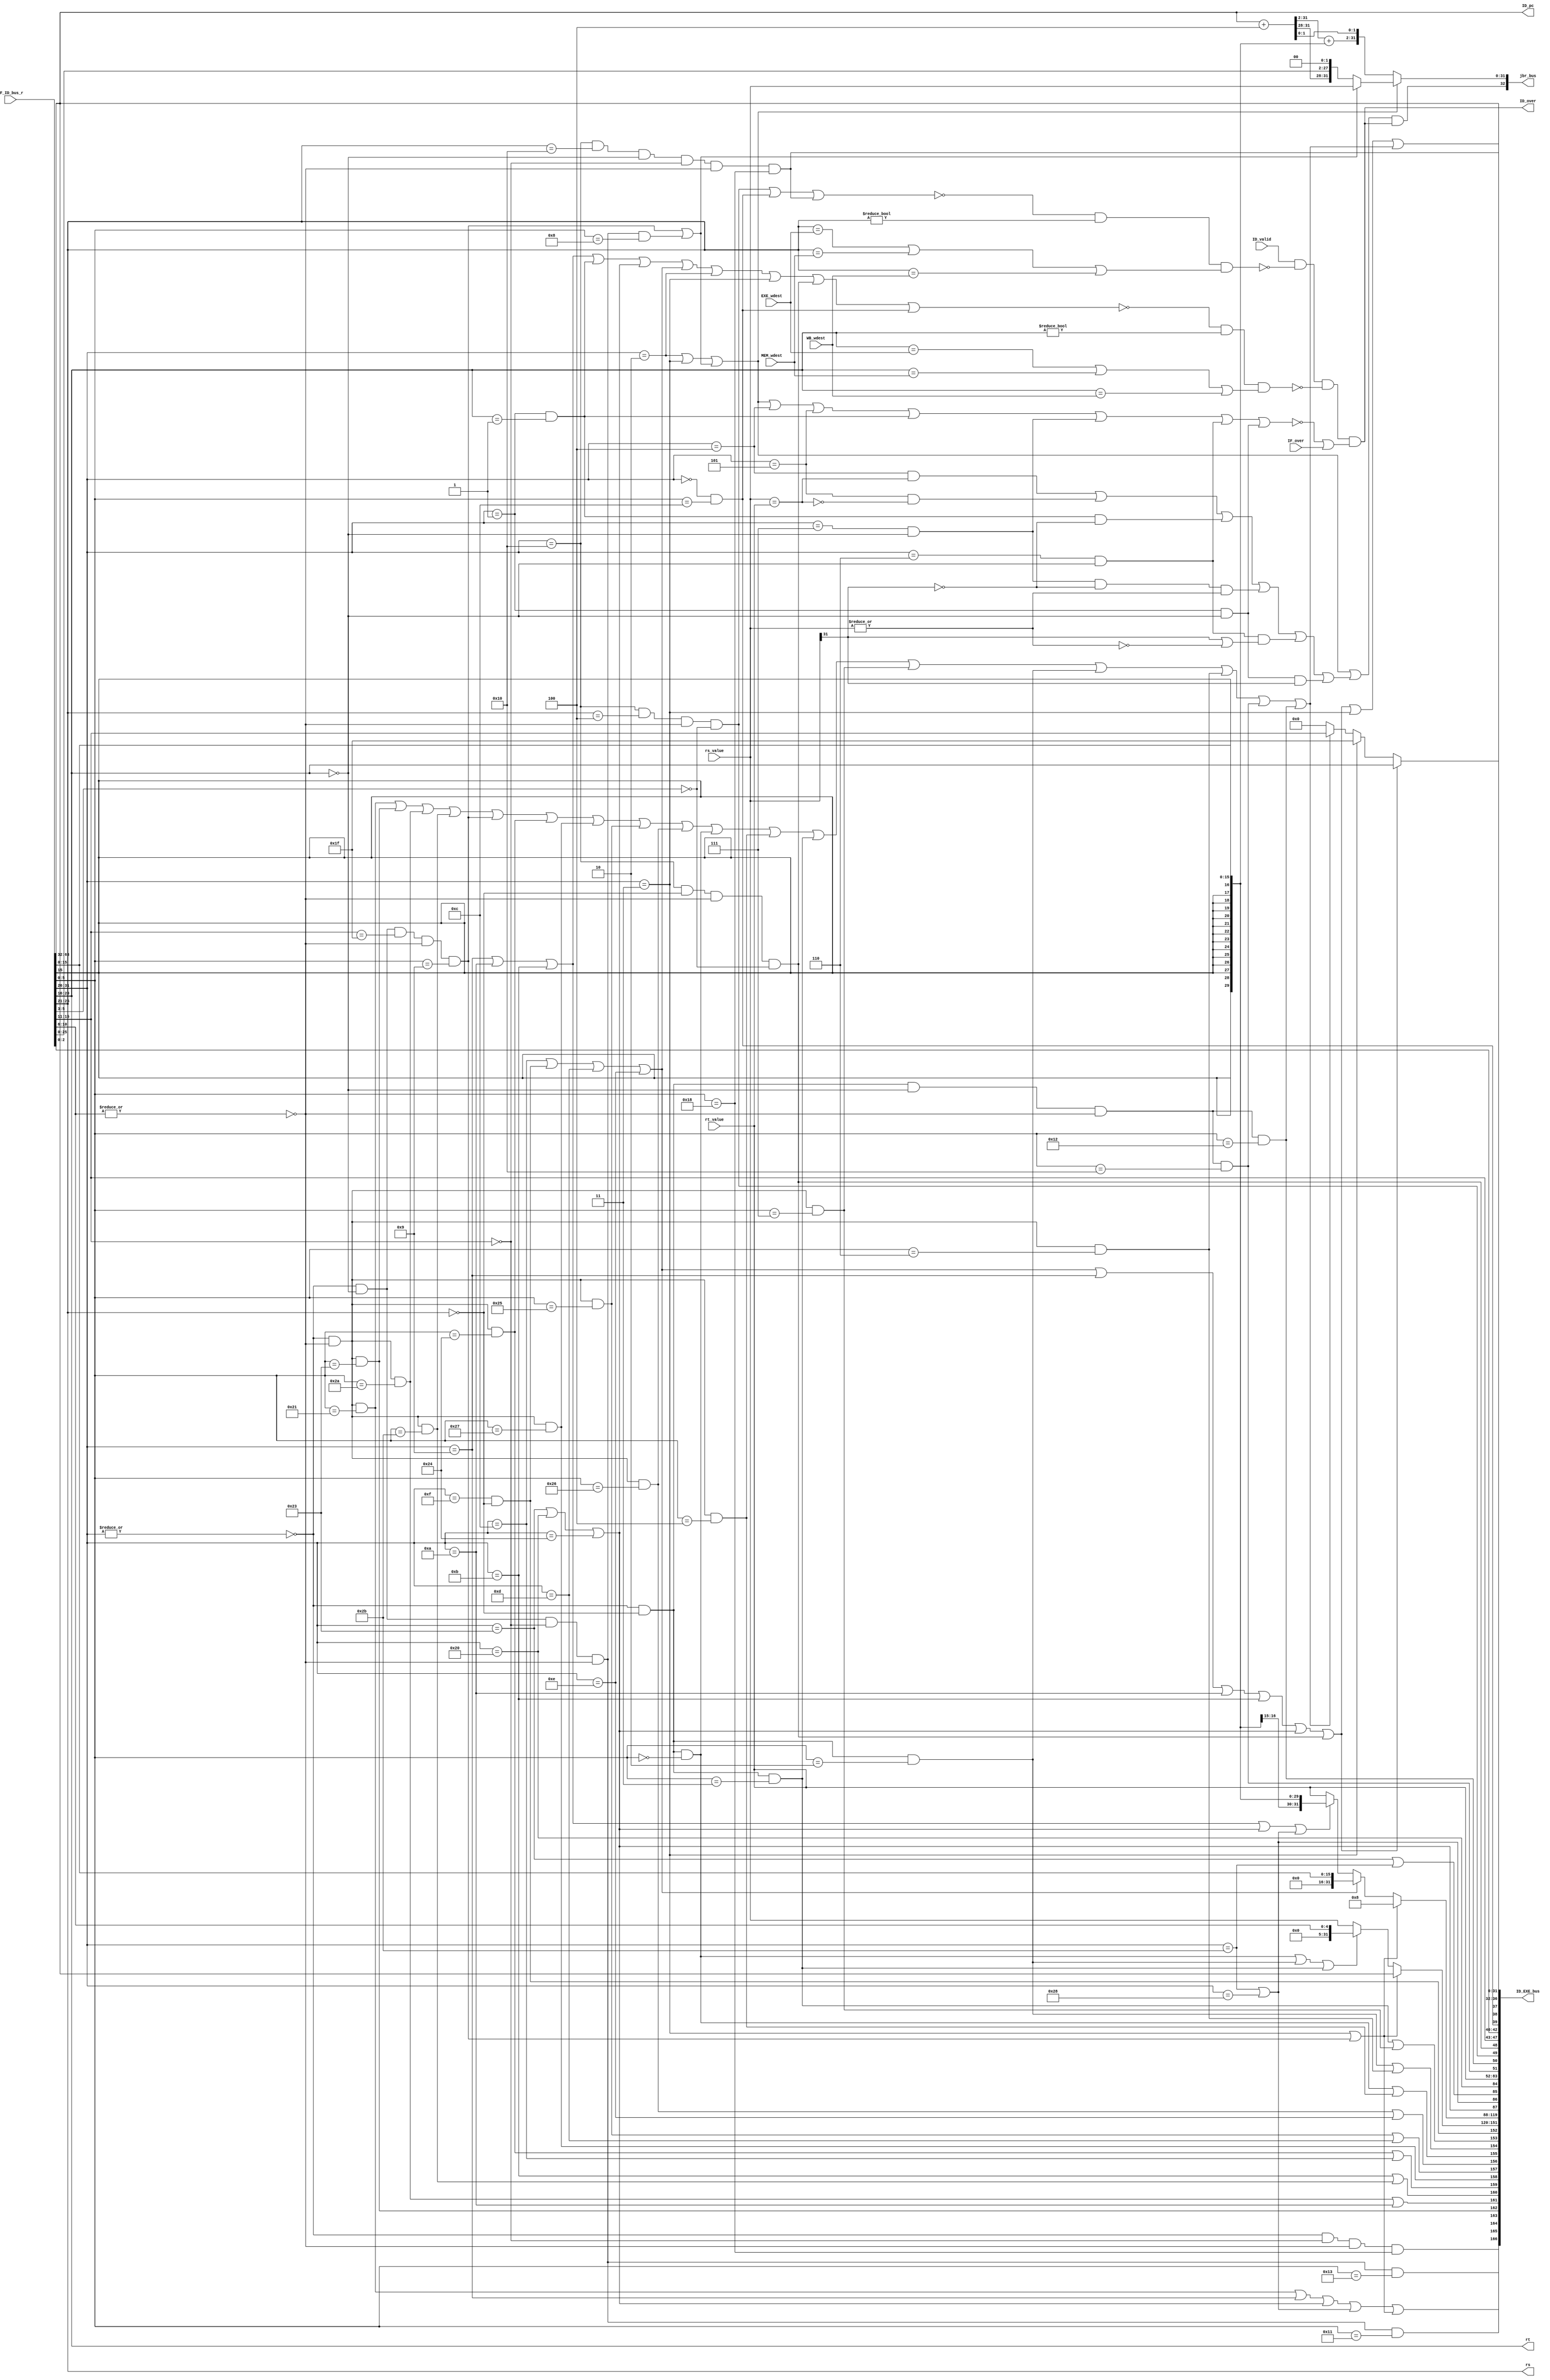
`timescale 1ns / 1ps
//*************************************************************************
//   > : decode.v
//   >   :CPU
//   >   : LOONGSON
//   >   : 2016-04-14
//*************************************************************************
module decode(                      // 
    input              ID_valid,    // 
    input      [ 63:0] IF_ID_bus_r, // IF->ID
    input      [ 31:0] rs_value,    // 
    input      [ 31:0] rt_value,    // 
    output     [  4:0] rs,          //  
    output     [  4:0] rt,          // 
    output     [ 32:0] jbr_bus,     // 
//  output             inst_jbr,    // ,
    output             ID_over,     // ID
    output     [166:0] ID_EXE_bus,  // ID->EXE
    
    //5
     input              IF_over,     //
    input      [  4:0] EXE_wdest,   // EXE
    input      [  4:0] MEM_wdest,   // MEM
    input      [  4:0] WB_wdest,    // WB
    
    //PC
    output     [ 31:0] ID_pc
);
//-----{IF->ID}begin
    wire [31:0] pc;
    wire [31:0] inst;
    assign {pc, inst} = IF_ID_bus_r;  // IF->IDPC
//-----{IF->ID}end

//-----{}begin
    wire [5:0] op;       
    wire [4:0] rd;       
    wire [4:0] sa;      
    wire [5:0] funct;    
    wire [15:0] imm;     
    wire [15:0] offset;  
    wire [25:0] target;  
    wire [2:0] cp0r_sel;

    assign op     = inst[31:26];  // 
    assign rs     = inst[25:21];  // 1
    assign rt     = inst[20:16];  // 2
    assign rd     = inst[15:11];  // 
    assign sa     = inst[10:6];   // 
    assign funct  = inst[5:0];    // 
    assign imm    = inst[15:0];   // 
    assign offset = inst[15:0];   // 
    assign target = inst[25:0];   // 
    assign cp0r_sel= inst[2:0];   // cp0select

    // 
    wire inst_ADDU, inst_SUBU , inst_SLT , inst_AND;
    wire inst_NOR , inst_OR   , inst_XOR , inst_SLL;
    wire inst_SRL , inst_ADDIU, inst_BEQ , inst_BNE;
    wire inst_LW  , inst_SW   , inst_LUI , inst_J;
    wire inst_SLTU, inst_JALR , inst_JR  , inst_SLLV;
    wire inst_SRA , inst_SRAV , inst_SRLV, inst_SLTIU;
    wire inst_SLTI, inst_BGEZ , inst_BGTZ, inst_BLEZ;
    wire inst_BLTZ, inst_LB   , inst_LBU , inst_SB;
    wire inst_ANDI, inst_ORI  , inst_XORI, inst_JAL;
    wire inst_MULT, inst_MFLO , inst_MFHI, inst_MTLO;
    wire inst_MTHI, inst_MFC0 , inst_MTC0;
    wire inst_ERET, inst_SYSCALL;
    wire op_zero;  // 0
    wire sa_zero;  // sa0
    assign op_zero = ~(|op);
    assign sa_zero = ~(|sa);
    assign inst_ADDU  = op_zero & sa_zero    & (funct == 6'b100001);//
    assign inst_SUBU  = op_zero & sa_zero    & (funct == 6'b100011);//
    assign inst_SLT   = op_zero & sa_zero    & (funct == 6'b101010);//
    assign inst_SLTU  = op_zero & sa_zero    & (funct == 6'b101011);//
    assign inst_JALR  = op_zero & (rt==5'd0) & (rd==5'd31)
                      & sa_zero & (funct == 6'b001001);         //
    assign inst_JR    = op_zero & (rt==5'd0) & (rd==5'd0 )
                      & sa_zero & (funct == 6'b001000);             //
    assign inst_AND   = op_zero & sa_zero    & (funct == 6'b100100);//
    assign inst_NOR   = op_zero & sa_zero    & (funct == 6'b100111);//
    assign inst_OR    = op_zero & sa_zero    & (funct == 6'b100101);//
    assign inst_XOR   = op_zero & sa_zero    & (funct == 6'b100110);//
    assign inst_SLL   = op_zero & (rs==5'd0) & (funct == 6'b000000);//
    assign inst_SLLV  = op_zero & sa_zero    & (funct == 6'b000100);//
    assign inst_SRA   = op_zero & (rs==5'd0) & (funct == 6'b000011);//
    assign inst_SRAV  = op_zero & sa_zero    & (funct == 6'b000111);//
    assign inst_SRL   = op_zero & (rs==5'd0) & (funct == 6'b000010);//
    assign inst_SRLV  = op_zero & sa_zero    & (funct == 6'b000110);//
    assign inst_MULT  = op_zero & (rd==5'd0)
                      & sa_zero & (funct == 6'b011000);             //
    assign inst_MFLO  = op_zero & (rs==5'd0) & (rt==5'd0)
                      & sa_zero & (funct == 6'b010010);             //LO
    assign inst_MFHI  = op_zero & (rs==5'd0) & (rt==5'd0)
                      & sa_zero & (funct == 6'b010000);             //HI
    assign inst_MTLO  = op_zero & (rt==5'd0) & (rd==5'd0)
                      & sa_zero & (funct == 6'b010011);             //LO
    assign inst_MTHI  = op_zero & (rt==5'd0) & (rd==5'd0)
                      & sa_zero & (funct == 6'b010001);             //HI
    assign inst_ADDIU = (op == 6'b001001);             //
    assign inst_SLTI  = (op == 6'b001010);             //
    assign inst_SLTIU = (op == 6'b001011);             //
    assign inst_BEQ   = (op == 6'b000100);             //
    assign inst_BGEZ  = (op == 6'b000001) & (rt==5'd1);//0
    assign inst_BGTZ  = (op == 6'b000111) & (rt==5'd0);//0
    assign inst_BLEZ  = (op == 6'b000110) & (rt==5'd0);//0
    assign inst_BLTZ  = (op == 6'b000001) & (rt==5'd0);//0
    assign inst_BNE   = (op == 6'b000101);             //
    assign inst_LW    = (op == 6'b100011);             //
    assign inst_SW    = (op == 6'b101011);             //
    assign inst_LB    = (op == 6'b100000);             //load
    assign inst_LBU   = (op == 6'b100100);             //load
    assign inst_SB    = (op == 6'b101000);             //
    assign inst_ANDI  = (op == 6'b001100);             //
    assign inst_LUI   = (op == 6'b001111) & (rs==5'd0);//
    assign inst_ORI   = (op == 6'b001101);             //
    assign inst_XORI  = (op == 6'b001110);             //
    assign inst_J     = (op == 6'b000010);             //
    assign inst_JAL   = (op == 6'b000011);             //
    assign inst_MFC0    = (op == 6'b010000) & (rs==5'd0) 
                        & sa_zero & (funct[5:3] == 3'b000); // cp0
    assign inst_MTC0    = (op == 6'b010000) & (rs==5'd4)
                        & sa_zero & (funct[5:3] == 3'b000); // cp0
    assign inst_SYSCALL = (op == 6'b000000) & (funct == 6'b001100); // 
    assign inst_ERET    = (op == 6'b010000) & (rs==5'd16) & (rt==5'd0)
                        & (rd==5'd0) & sa_zero & (funct == 6'b011000);//
    
    //
    wire inst_jr;    //
    wire inst_j_link;//
    wire inst_jbr;   //
    assign inst_jr     = inst_JALR | inst_JR;
    assign inst_j_link = inst_JAL | inst_JALR;
    assign inst_jbr = inst_J    | inst_JAL  | inst_jr
                    | inst_BEQ  | inst_BNE  | inst_BGEZ
                    | inst_BGTZ | inst_BLEZ | inst_BLTZ;
        
    //load store
    wire inst_load;
    wire inst_store;
    assign inst_load  = inst_LW | inst_LB | inst_LBU;  // load
    assign inst_store = inst_SW | inst_SB;             // store
    
    //alu
    wire inst_add, inst_sub, inst_slt,inst_sltu;
    wire inst_and, inst_nor, inst_or, inst_xor;
    wire inst_sll, inst_srl, inst_sra,inst_lui;
    assign inst_add = inst_ADDU | inst_ADDIU | inst_load
                    | inst_store | inst_j_link;            // 
    assign inst_sub = inst_SUBU;                           // 
    assign inst_slt = inst_SLT | inst_SLTI;                // 
    assign inst_sltu= inst_SLTIU | inst_SLTU;              // 
    assign inst_and = inst_AND | inst_ANDI;                // 
    assign inst_nor = inst_NOR;                            // 
    assign inst_or  = inst_OR  | inst_ORI;                 // 
    assign inst_xor = inst_XOR | inst_XORI;                // 
    assign inst_sll = inst_SLL | inst_SLLV;                // 
    assign inst_srl = inst_SRL | inst_SRLV;                // 
    assign inst_sra = inst_SRA | inst_SRAV;                // 
    assign inst_lui = inst_LUI;                            // 
    
    //sa
    wire inst_shf_sa;
    assign inst_shf_sa =  inst_SLL | inst_SRL | inst_SRA;
    
    //
    wire inst_imm_zero; //0
    wire inst_imm_sign; //
    assign inst_imm_zero = inst_ANDI  | inst_LUI  | inst_ORI | inst_XORI;
    assign inst_imm_sign = inst_ADDIU | inst_SLTI | inst_SLTIU
                         | inst_load | inst_store;
    
    //
    wire inst_wdest_rt;  // rt
    wire inst_wdest_31;  // 31
    wire inst_wdest_rd;  // rd
    assign inst_wdest_rt = inst_imm_zero | inst_ADDIU | inst_SLTI
                         | inst_SLTIU | inst_load | inst_MFC0;
    assign inst_wdest_31 = inst_JAL;
    assign inst_wdest_rd = inst_ADDU | inst_SUBU | inst_SLT  | inst_SLTU
                         | inst_JALR | inst_AND  | inst_NOR  | inst_OR 
                            | inst_XOR  | inst_SLL  | inst_SLLV | inst_SRA 
                         | inst_SRAV | inst_SRL  | inst_SRLV
                         | inst_MFHI | inst_MFLO;
                         
    //
    wire inst_no_rs;  //rs0rs
    wire inst_no_rt;  //rt0rt
    assign inst_no_rs = inst_MTC0 | inst_SYSCALL | inst_ERET;
    assign inst_no_rt = inst_ADDIU | inst_SLTI | inst_SLTIU
                      | inst_BGEZ  | inst_load | inst_imm_zero
                      | inst_J     | inst_JAL  | inst_MFC0
                      | inst_SYSCALL;
//-----{}end

//-----{}begin
   //bd_pc,PCPC+4
    wire [31:0] bd_pc;   //PC
    assign bd_pc = pc + 3'b100;
    
    //
    wire        j_taken;
    wire [31:0] j_target;
    assign j_taken = inst_J | inst_JAL | inst_jr;
    //rs_value,{bd_pc[31:28],target,2'b00}
    assign j_target = inst_jr ? rs_value : {bd_pc[31:28],target,2'b00};

    //branch
    wire rs_equql_rt;
    wire rs_ez;
    wire rs_ltz;
    assign rs_equql_rt = (rs_value == rt_value);  // GPR[rs]==GPR[rt]
    assign rs_ez       = ~(|rs_value);            // rs0
    assign rs_ltz      = rs_value[31];            // rs0
    wire br_taken;
    wire [31:0] br_target;
    assign br_taken = inst_BEQ  & rs_equql_rt       // 
                    | inst_BNE  & ~rs_equql_rt      // 
                    | inst_BGEZ & ~rs_ltz           // 0
                    | inst_BGTZ & ~rs_ltz & ~rs_ez  // 0
                    | inst_BLEZ & (rs_ltz | rs_ez)  // 0
                    | inst_BLTZ & rs_ltz;           // 0
    // PC=PC+offset<<2
    assign br_target[31:2] = bd_pc[31:2] + {{14{offset[15]}}, offset};  
    assign br_target[1:0]  = bd_pc[1:0];
    
    //jump and branch
    wire jbr_taken;
    wire [31:0] jbr_target;
    assign jbr_taken = (j_taken | br_taken) & ID_over; 
    assign jbr_target = j_taken ? j_target : br_target;
    
    //IDIF
    assign jbr_bus = {jbr_taken, jbr_target};
//-----{}end

//-----{ID}begin
    //
    wire rs_wait;
    wire rt_wait;
    assign rs_wait = ~inst_no_rs & (rs!=5'd0)
                   & ( (rs==EXE_wdest) | (rs==MEM_wdest) | (rs==WB_wdest) );
    assign rt_wait = ~inst_no_rt & (rt!=5'd0)
                   & ( (rt==EXE_wdest) | (rt==MEM_wdest) | (rt==WB_wdest) );
    
    //IFID
    //IDIFnext_pcPC
    //IFnext_pcPCjbr_bus
    //
    //(~inst_jbr | IF_over)(~inst_jbr | (inst_jbr & IF_over))
    assign ID_over = ID_valid & ~rs_wait & ~rt_wait & (~inst_jbr | IF_over);
//-----{ID}end

//-----{ID->EXE}begin
    //EXE
    wire multiply;         //MULT
    wire mthi;             //MTHI
    wire mtlo;             //MTLO
    assign multiply = inst_MULT;
    assign mthi     = inst_MTHI;
    assign mtlo     = inst_MTLO;
    //ALU
    wire [11:0] alu_control;
    wire [31:0] alu_operand1;
    wire [31:0] alu_operand2;
    
    //PC31
    //CPUPC+831
    assign alu_operand1 = inst_j_link ? pc : 
                          inst_shf_sa ? {27'd0,sa} : rs_value;
    assign alu_operand2 = inst_j_link ? 32'd8 :  
                          inst_imm_zero ? {16'd0, imm} :
                          inst_imm_sign ?  {{16{imm[15]}}, imm} : rt_value;
    assign alu_control = {inst_add,        // ALU
                          inst_sub,
                          inst_slt,
                          inst_sltu,
                          inst_and,
                          inst_nor,
                          inst_or, 
                          inst_xor,
                          inst_sll,
                          inst_srl,
                          inst_sra,
                          inst_lui};
    //load/store
    wire lb_sign;  //loadload
    wire ls_word;  //load/store,0:byte;1:word
    wire [3:0] mem_control;  //MEM
    wire [31:0] store_data;  //store
    assign lb_sign = inst_LB;
    assign ls_word = inst_LW | inst_SW;
    assign mem_control = {inst_load,
                          inst_store,
                          ls_word,
                          lb_sign };
                          
    //
    wire mfhi;
    wire mflo;
    wire mtc0;
    wire mfc0;
    wire [7 :0] cp0r_addr;
    wire       syscall;   //syscalleret 
    wire       eret;
    wire       rf_wen;    //
    wire [4:0] rf_wdest;  //
    assign syscall  = inst_SYSCALL;
    assign eret     = inst_ERET;
    assign mfhi     = inst_MFHI;
    assign mflo     = inst_MFLO;
    assign mtc0     = inst_MTC0;
    assign mfc0     = inst_MFC0;
    assign cp0r_addr= {rd,cp0r_sel};
    assign rf_wen   = inst_wdest_rt | inst_wdest_31 | inst_wdest_rd;
    assign rf_wdest = inst_wdest_rt ? rt :     //0
                      inst_wdest_31 ? 5'd31 :  //
                      inst_wdest_rd ? rd : 5'd0;
    assign store_data = rt_value;
    assign ID_EXE_bus = {multiply,mthi,mtlo,                   //EXE,
                         alu_control,alu_operand1,alu_operand2,//EXE
                         mem_control,store_data,               //MEM
                         mfhi,mflo,                            //WB,
                         mtc0,mfc0,cp0r_addr,syscall,eret,     //WB,
                         rf_wen, rf_wdest,                     //WB
                         pc};                                  //PC
//-----{ID->EXE}end

//-----{IDPC}begin
    assign ID_pc = pc;
//-----{IDPC}end
endmodule